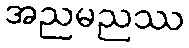
အညမညဿ